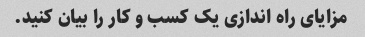
مزایای راه اندازی یک کسب و کار را بیان کنید.